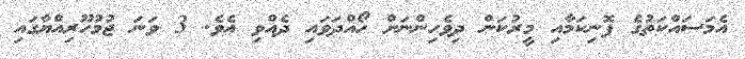
އެމަސައްކަތުގެ ފޮނިކަމާއި މީރުކަން ދިވެހިންނަށް ހޯއްދަވައި ދެއްވި އެވެ. 3 ވަނަ ޖުމުހޫރިއްޔާގައި